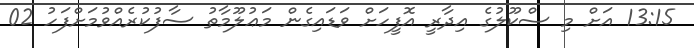
13:15 އަށް މި ސްކޫލުގެ އިދާރީ އޮފީހަށް ވަޑައިގެން މަޢުލޫމާތު ސާފުކުރެއްވުމަށްފަހު 02